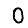
Digit: 0